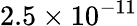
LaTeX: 2.5\times 10^{-11}